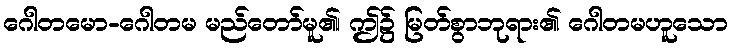
ဂေါတမော-ဂေါတမ မည်တော်မူ၏၊ ဤ၌ မြတ်စွာဘုရား၏ ဂေါတမဟူသော